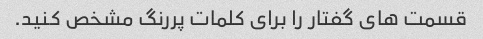
قسمت های گفتار را برای کلمات پررنگ مشخص کنید.